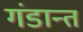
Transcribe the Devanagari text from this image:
गंडान्त